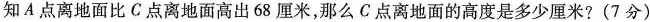
知A点离地面比C点离地面高出68厘米，那么C点离地面的高度是多少厘米?(7分)